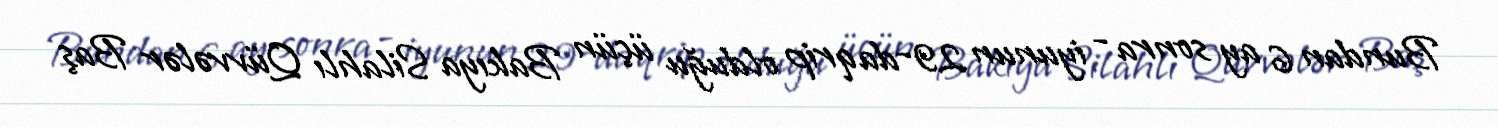
Bundan 6 ay sonra - iyunun 29-da qrip olduğu üçün Bakıya Silahlı Qüvvələr Baş